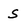
Character: S